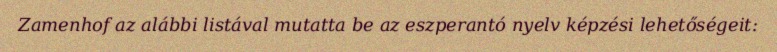
Zamenhof az alábbi listával mutatta be az eszperantó nyelv képzési lehetőségeit: